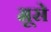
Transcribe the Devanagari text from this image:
मूसे